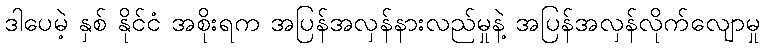
ဒါပေမဲ့ နှစ် နိုင်ငံ အစိုးရက အပြန်အလှန်နားလည်မှုနဲ့ အပြန်အလှန်လိုက်လျောမှု